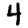
Digit: 4